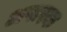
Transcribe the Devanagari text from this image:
अपारक